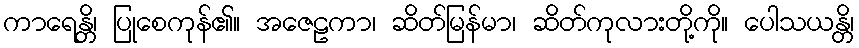
ကာရေန္တိ၊ ပြုစေကုန်၏။ အဇေဠကာ၊ ဆိတ်မြန်မာ၊ ဆိတ်ကုလားတို့ကို။ ပေါသယန္တိ၊